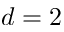
d = 2